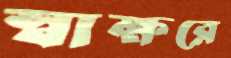
স্বাক্ষরে